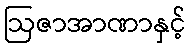
ဩဇာအာဏာနှင့်